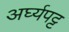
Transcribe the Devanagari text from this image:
अर्घ्यपट्ट